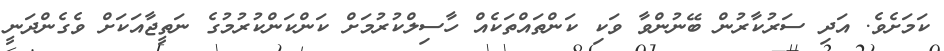
ކަމަށެވެ. އަދި ސަރުކާރުން ބޭނުންވާ ވަކި ކަންތައްތަކެއް ހާސިލްކުރުމަށް ކަންކަންކުރުމުގެ ނަތީޖާއަކަށް ވެގެންދަނީ